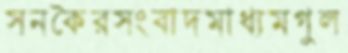
সনকৈরসংবাদমাধ্যমগুল